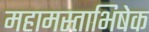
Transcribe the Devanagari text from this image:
महामस्ताभिषेक